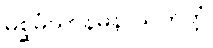
မစ္ဆမံသာနမနာသကတ္တံ